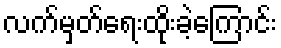
လက်မှတ်ရေးထိုးခဲ့ကြောင်း